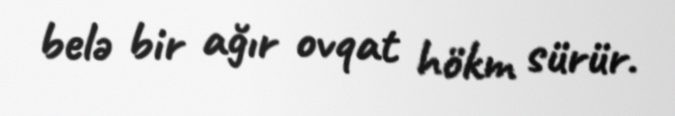
belə bir ağır ovqat hökm sürür.